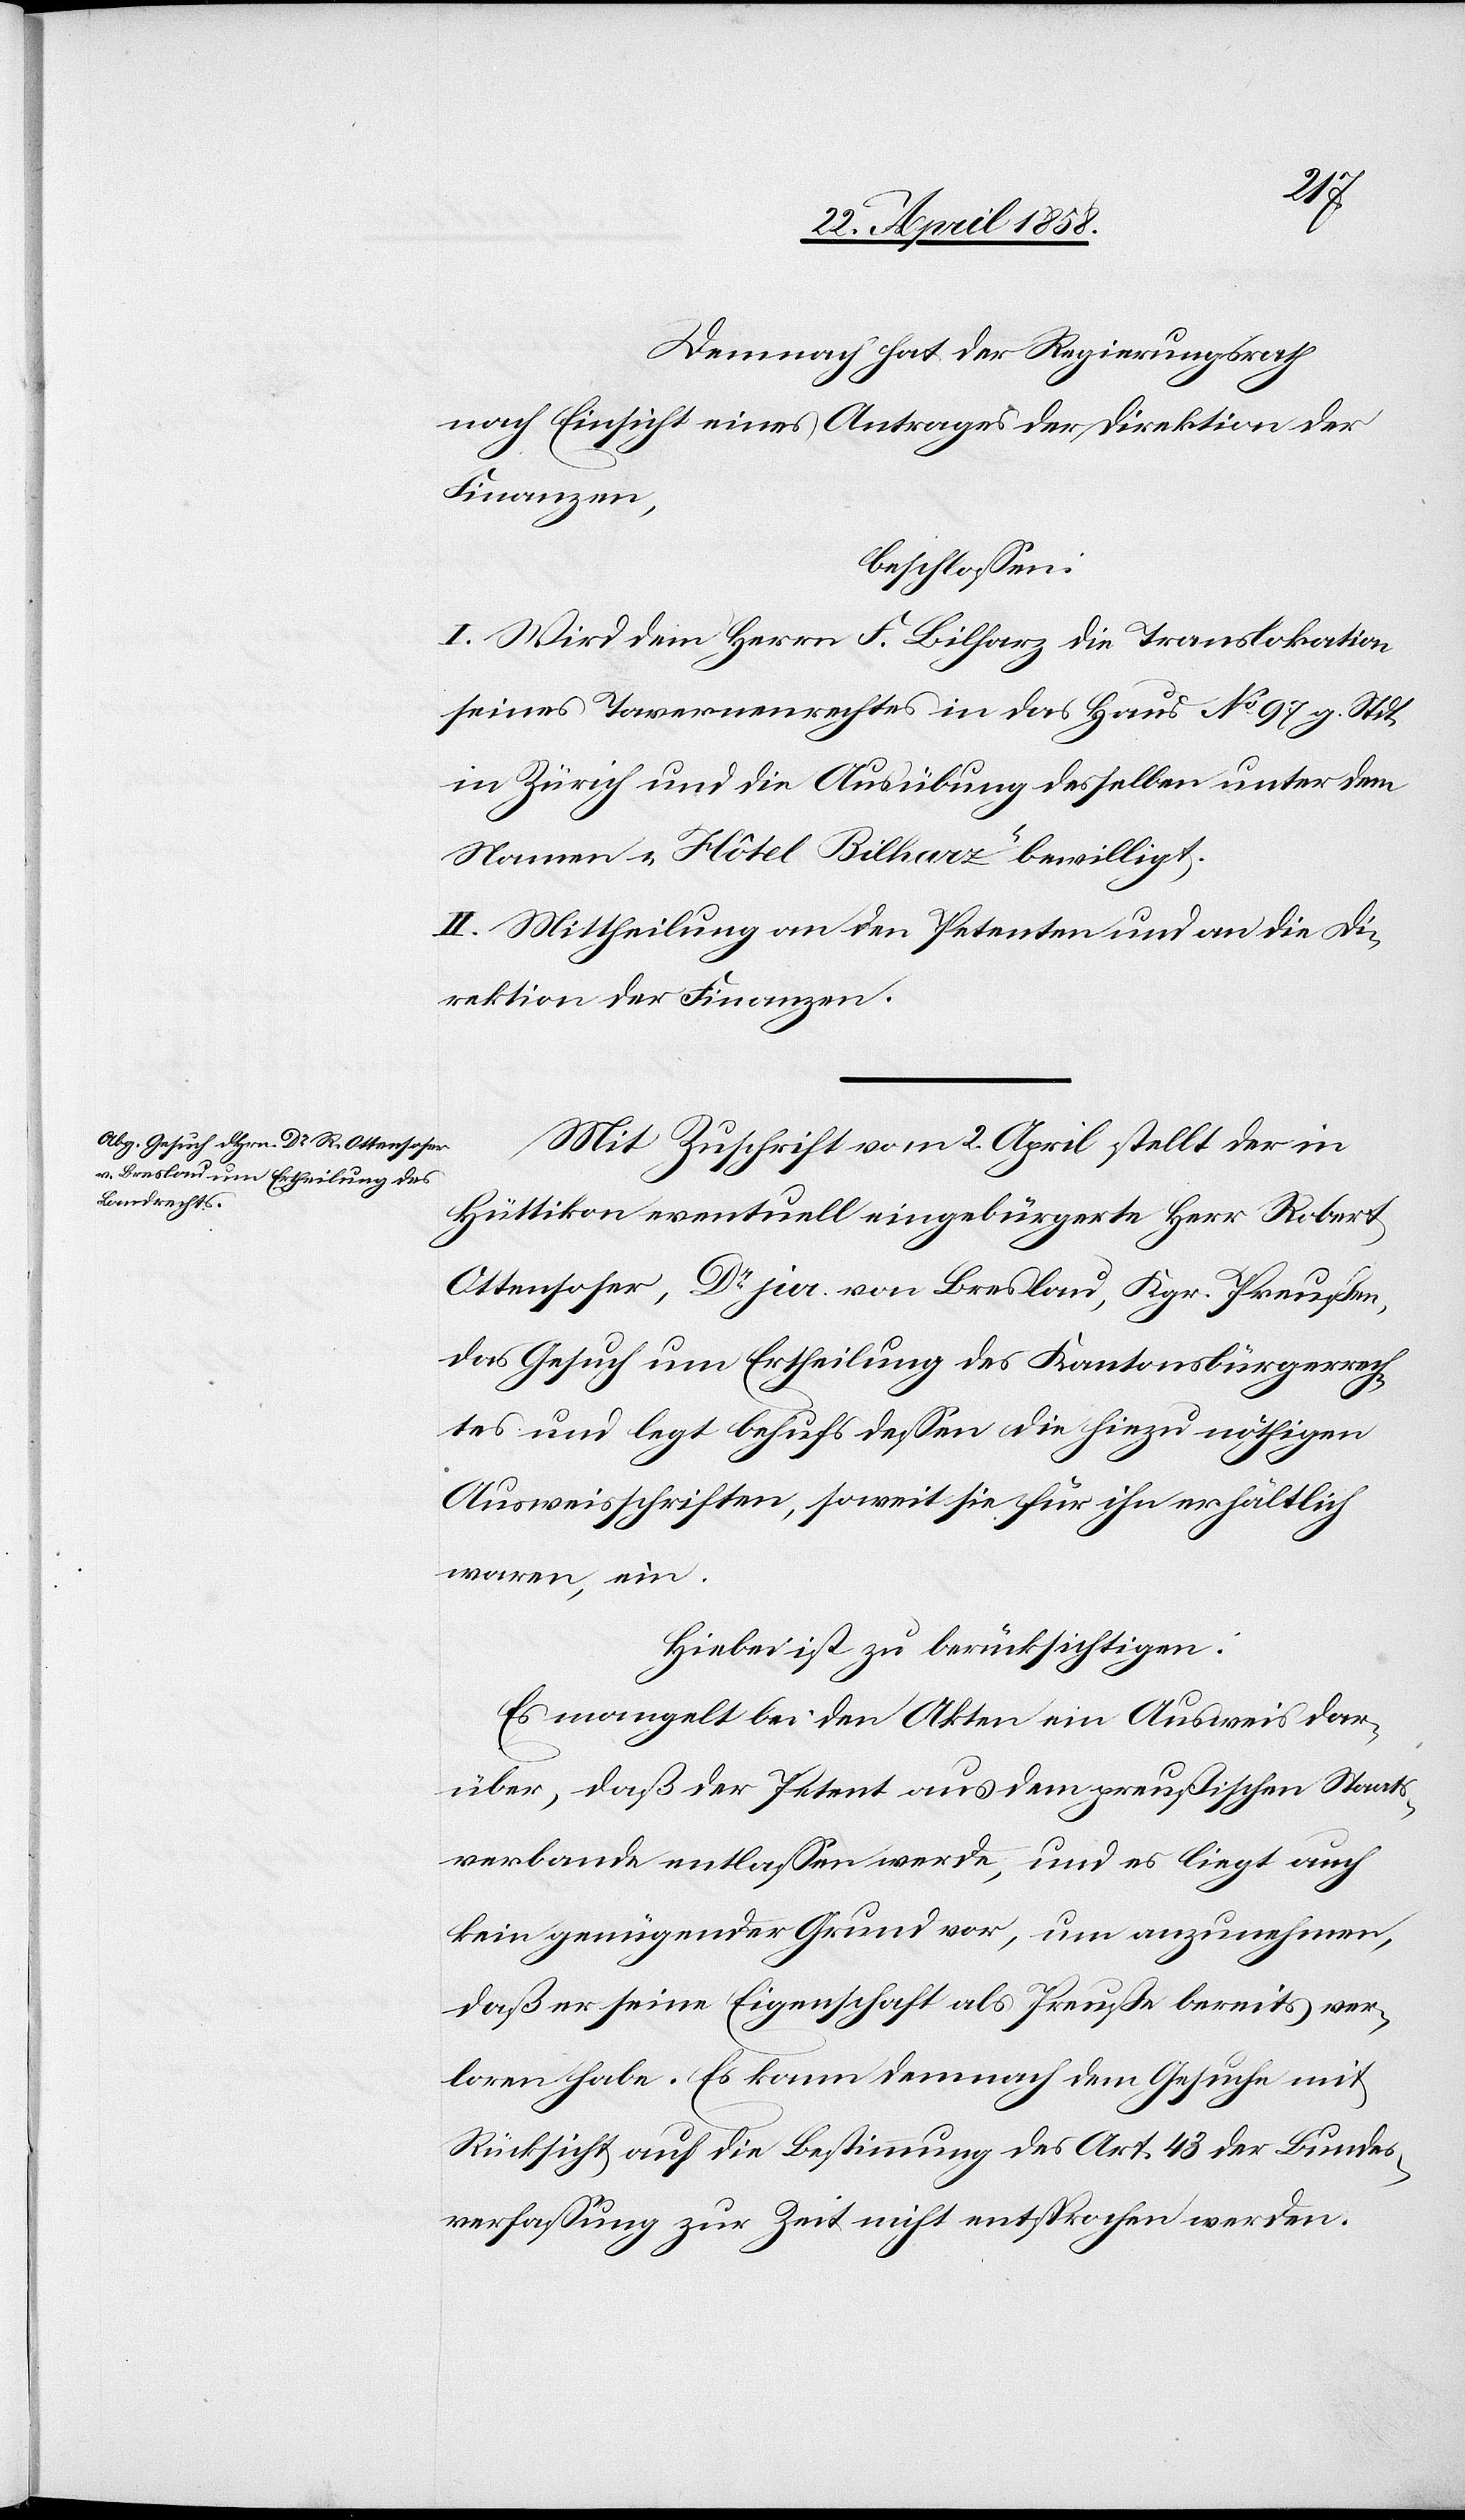
Demnach hat der Regierungsrath
nach Einsicht eines Antrages der Direktion der
Finanzen,
beschlossen:
I. Wird dem Herrn F. Bilharz die Translokation
seines Tavernenrechtes in das Haus No 97 g. Stdt.
in Zürich und die Ausübung desselben unter dem
Namen „Hôtel Beilharz“ bewilligt.
II. Mittheilung an den Petenten und an die Di¬
rektion der Finanzen.
Mit Zuschrift vom 2. April stellt der in
Hüttikon eventuell eingebürgerte Herr Robert
Ottensoser, Dr jur. von Breslau, Kgr. Preußen,
das Gesuch um Ertheilung des Kantonsbürgerrech¬
tes und legt behufs dessen die hiezu nöthigen
Ausweisschriften, soweit sie für ihn erhältlich
waren ein.
Hiebei ist zu berücksichtigen:
Es mangelt bei den Akten ein Ausweis dar¬
über, daß der Petent aus dem preußischen Staats¬
verbande entlassen werde, und es liegt auch
kein genügender Grund vor, um anzunehmen,
daß er seine Eigenschaft als Preuße bereits ver¬
loren habe. Es kann demnach dem Gesuche mit
Rücksicht auf die Bestimmung des Art. 43 der Bundes¬
verfassung zur Zeit nicht entsprochen werden.